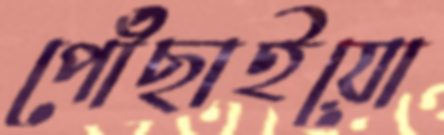
পৌঁছাইয়ো